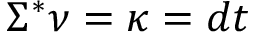
\Sigma ^ { * } \nu = \kappa = d t